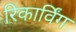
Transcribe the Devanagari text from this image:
रिकार्विंग